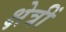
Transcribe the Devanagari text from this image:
क्षेत्रीं